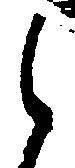
候